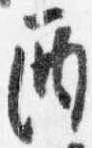
酉